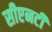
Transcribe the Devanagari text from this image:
सीएनटी